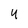
Character: 4